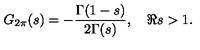
G _ { 2 \pi } ( s ) = - \frac { \Gamma ( 1 - s ) } { 2 \Gamma ( s ) } , \quad \Re s > 1 .